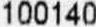
100140